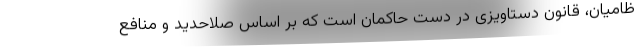
ظامیان‌، قانون دستاویزی در دست حاکمان است که بر اساس صلاحدید و منافع